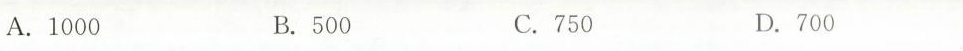
A.1000 B.500 C.750 D.700